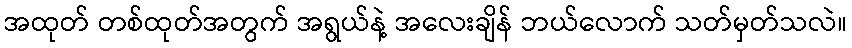
အထုတ် တစ်ထုတ်အတွက် အရွယ်နဲ့ အလေးချိန် ဘယ်လောက် သတ်မှတ်သလဲ။